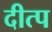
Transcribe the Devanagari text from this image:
दीत्प